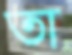
তা